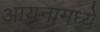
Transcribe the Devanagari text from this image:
आयनामध्ये